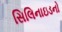
સિલિનાઇડનો